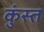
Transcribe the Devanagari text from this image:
कुंस्त